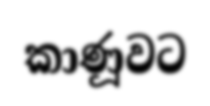
කාණූවට